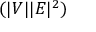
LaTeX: ( | V | | E | ^ { 2 } )